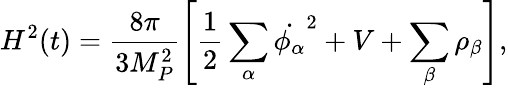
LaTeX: H^{2}(t)=\frac{8\pi}{3M_{P}^{2}}\left[\frac{1}{2}\sum_{\alpha}\dot{\phi_{\alpha}}^{2}+V+\sum_{\beta}\rho_{\beta}\right],